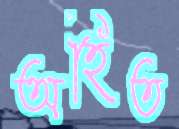
অহিত